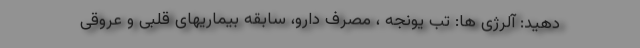
دهید: آلرژی ها: تب یونجه ، مصرف دارو، سابقه بیماریهای قلبی و عروقی